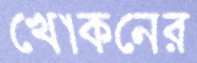
খোকনের